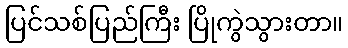
ပြင်သစ်ပြည်ကြီး ပြိုကွဲသွားတာ။